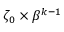
\zeta _ { 0 } \times \beta ^ { k - 1 }